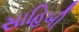
સાહિબી